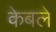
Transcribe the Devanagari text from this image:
केबलें